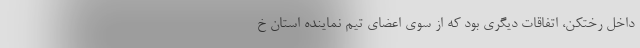
داخل رختکن، اتفاقات دیگری بود که از سوی اعضای تیم نماینده استان خ